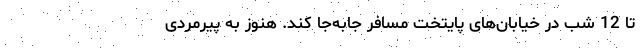
تا 12 شب در خیابان‌های پایتخت مسافر جابه‌جا کند. هنوز به پیرمردی